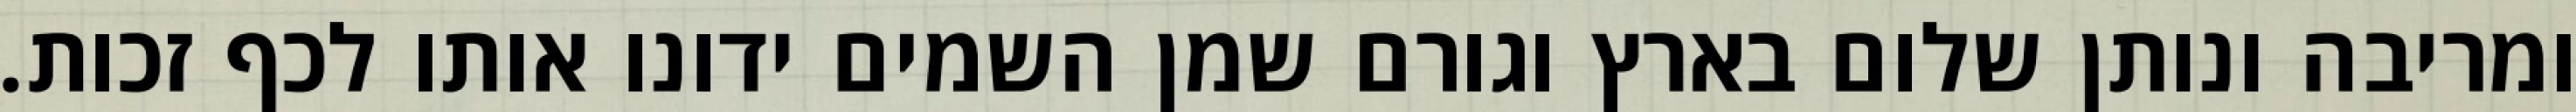
ומריבה ונותן שלום בארץ וגורם שמן השמים ידונו אותו לכף זכות.